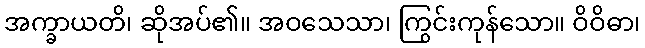
အက္ခာယတိ၊ ဆိုအပ်၏။ အဝသေသာ၊ ကြွင်းကုန်သော။ ဝိဝိဓာ၊